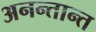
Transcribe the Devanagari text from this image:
अनन्तान्त